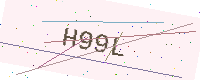
Text: H99L